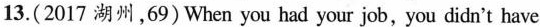
13.(2017 湖州,69)When you had your job,you didn't have